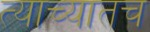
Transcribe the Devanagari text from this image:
त्याच्यातच